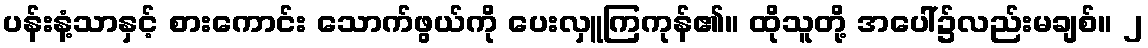
ပန်းနံ့သာနှင့် စားကောင်း သောက်ဖွယ်ကို ပေးလှူကြကုန်၏။ ထိုသူတို့ အပေါ်၌လည်းမချစ်။ ၂